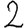
Digit: 2